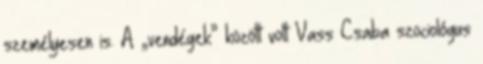
személyesen is. A „vendégek” között volt Vass Csa­ba szociológus